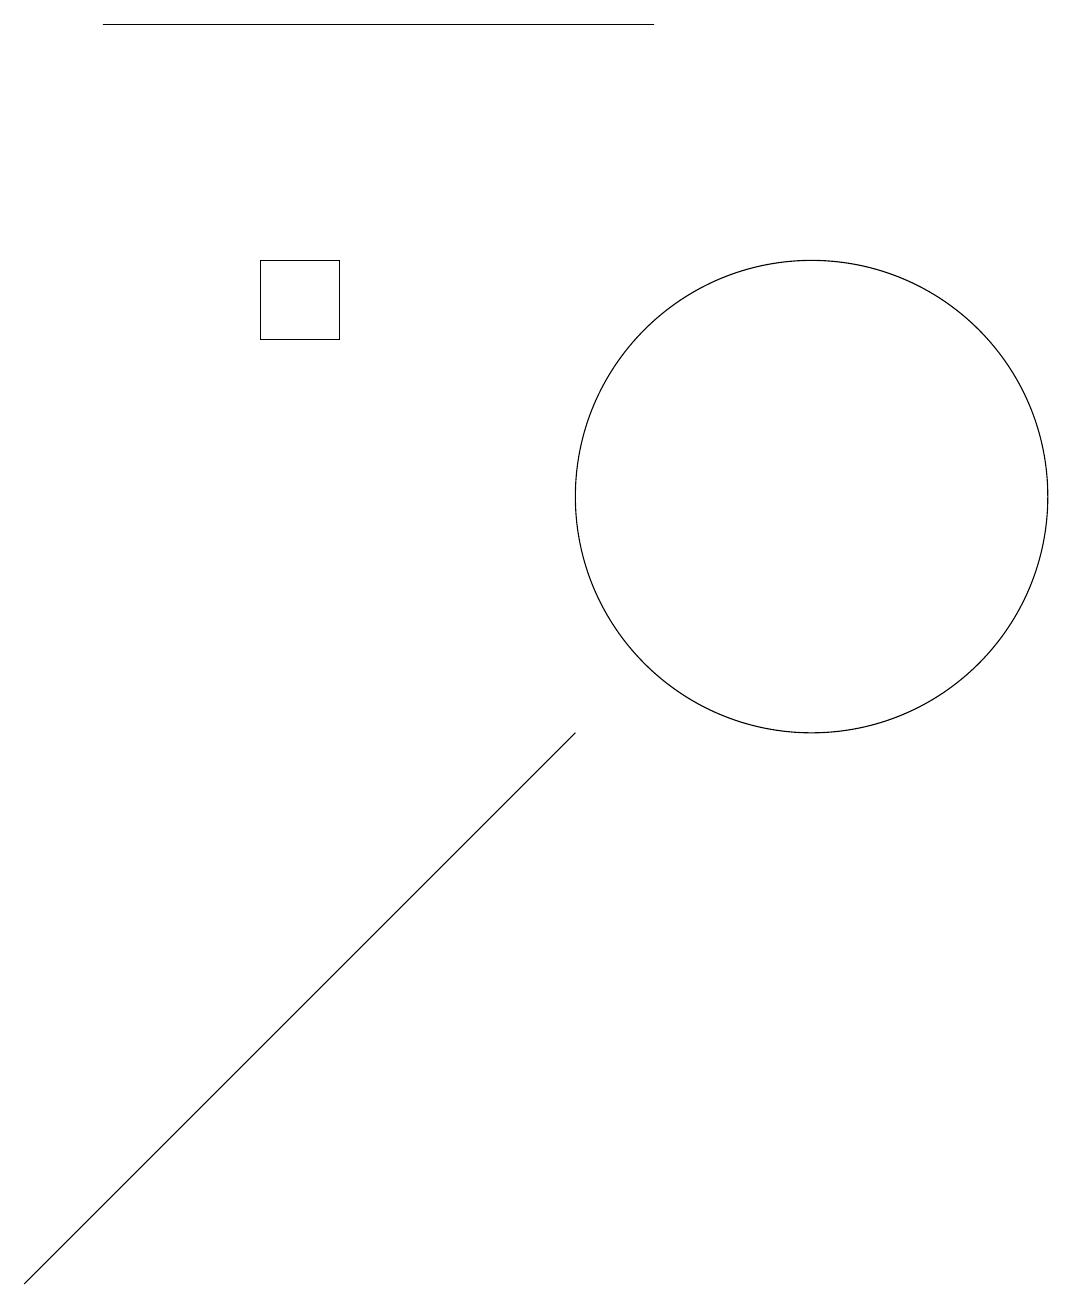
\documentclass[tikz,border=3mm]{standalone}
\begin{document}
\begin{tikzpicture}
\draw (10,10) circle (3);
\draw (4,12) rectangle (3,13);
\draw (1,1) -- (0,0) -- (7,7) -- cycle;
\draw (8,16) rectangle (1,16);
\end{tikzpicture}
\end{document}